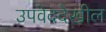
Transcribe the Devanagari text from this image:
उपवेददेखील